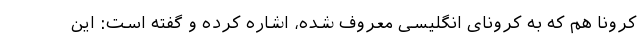
کرونا هم که به کرونای انگلیسی معروف شده، اشاره کرده و گفته است: این